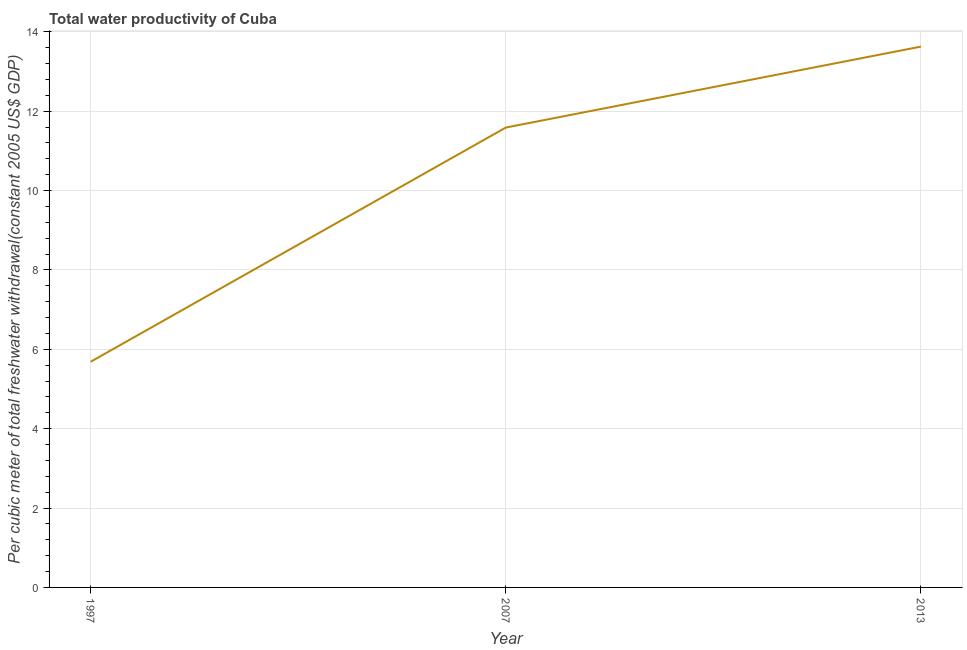
| Year | Water productivity |
 | --- | --- |
 | 1997 | 5.69 |
 | 2007 | 11.6 |
 | 2013 | 13.6 |